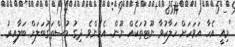
"މިއީ އެހާ އަވަހަށް ހަލާކުވާ ނޫޓުތަކެއް ނޫން. އެހެންވެ ދިގު މުސްތަގުބަލަށް ބަލާއިރު